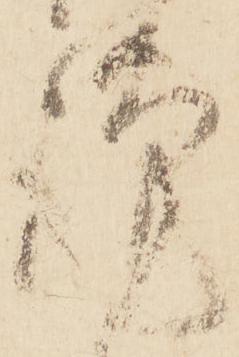
謹